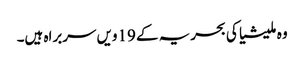
وہ ملیشیا کی بحریہ کے 19ویں سربراہ ہیں۔